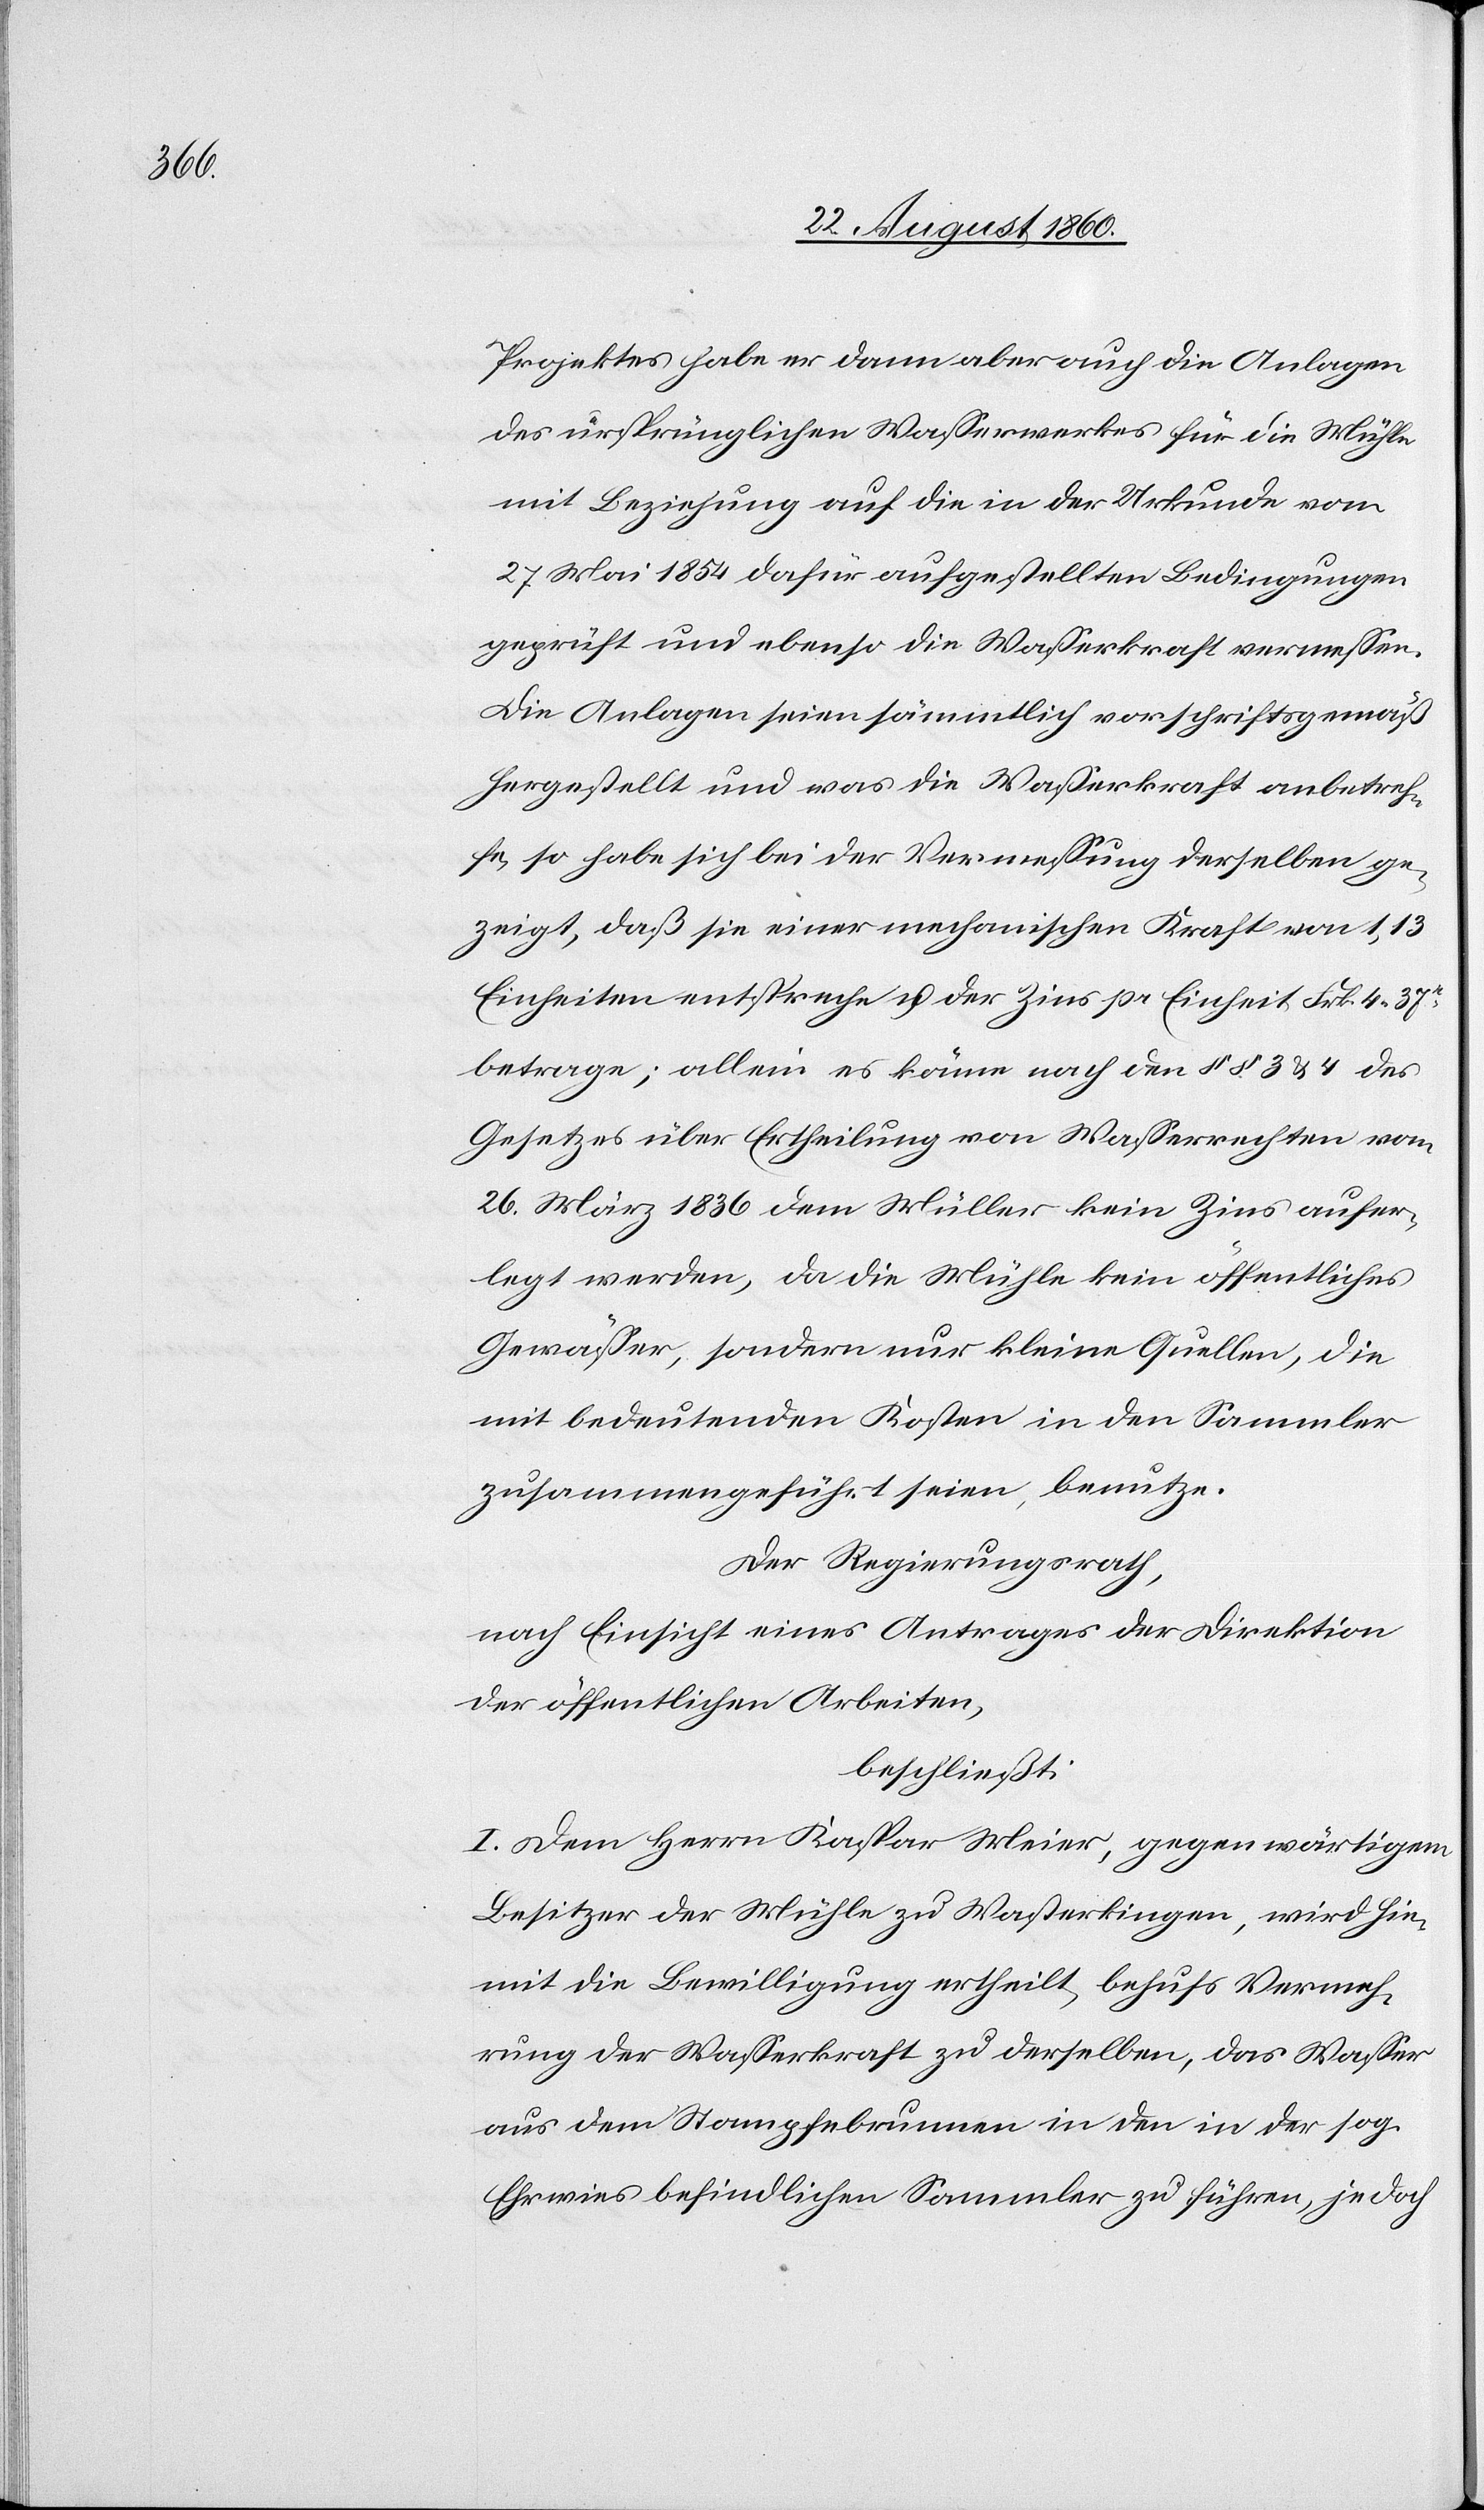
Projektes habe er dann aber auch die Anlagen
des ursprünglichen Wasserwerkes für die Mühle
mit Beziehung auf die in der Urkunde vom
27. Mai 1854 dafür aufgestellten Bedingungen
geprüft und ebenso die Wasserkraft vermessen.
Die Anlagen seien sämmtlich vorschriftsgemäss
hergestellt, und was die Wasserkraft anbetref¬
fe, so habe sich bei der Vermessung derselben ge¬
zeigt, dass sie einer mechanischen Kraft von 1,13
Einheiten entspreche und der Zins pr. Einheit fcs. 4. 37C
betrage; allein es könne nach den §§. 3 u. 4 des
Gesetzes über Ertheilung von Wasserrechten vom
26. März 1836 dem Müller kein Zins aufer¬
legt werden, da die Mühle kein öffentliches
Gewässer, sondern nur kleine Quellen, die
mit bedeutenden Kosten in den Sammler
zusammengeführt seien, benutze.
Der Regierungsrath,
nach Einsicht eines Antrages der Direktion
der öffentlichen Arbeiten:
beschliesst:
I. Dem Herrn Kaspar Meier, gegenwärtigem
Besitzer der Mühle zu Wasterkingen, wird hier¬
mit die Bewilligung ertheilt, behufs Vermeh¬
rung der Wasserkraft zu derselben, das Wasser
aus dem Stampfebrunnen in den in der s. g.
Ehrwies befindlichen Sammler zu führen, je-